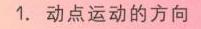
1. 动点运动的方向